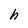
Character: h